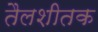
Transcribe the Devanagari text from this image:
तैलशीतक